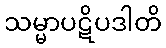
သမ္မာပဋိပဒါတိ